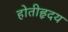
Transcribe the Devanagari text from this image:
होतीहृदय